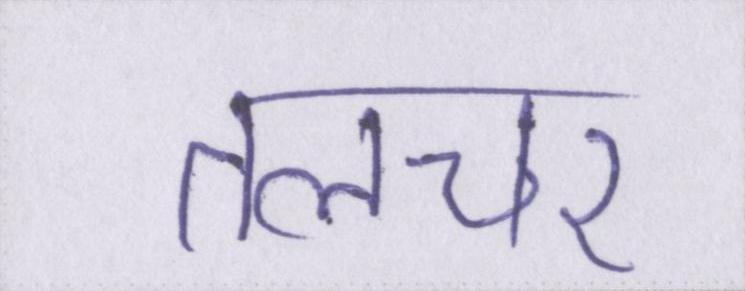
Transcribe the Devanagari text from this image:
तलचर